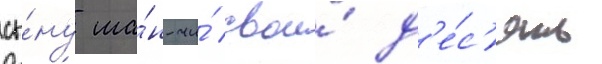
сы́ну ша́н-чи́ свои́ д'е́с'ять